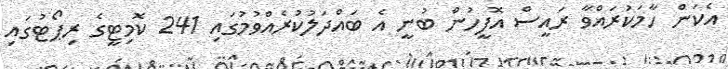
އެކަން ހާމަކުރައްވާ ރައީސް އޮފީހުން ބުނީ އެ ބައްދަލުކުރެއްވުމުގައި 241 ކޮމިޓީގެ ރިޕޯޓުގައި